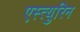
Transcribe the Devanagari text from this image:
एस्त्युरिन